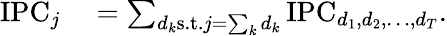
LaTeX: \begin{array}{rl}{\mathrm{IPC}_{j}}&{{}=\sum_{d_{k}\mathrm{s.t.}j=\sum_{k}d_{k}}\mathrm{IPC}_{d_{1},d_{2},\ldots,d_{T}}.}\end{array}